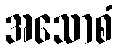
အသောစံ